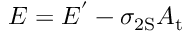
E = E ^ { ' } - \sigma _ { \mathrm { { 2 S } } } A _ { \mathrm { { t } } }